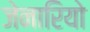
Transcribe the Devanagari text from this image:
जेनारियो